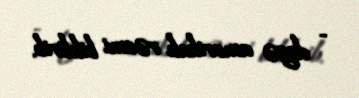
- deyə amerikalı rəsmi bildirib.